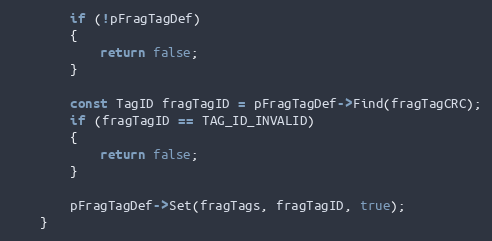
Language: C++
		if (!pFragTagDef)
		{
			return false;
		}

		const TagID fragTagID = pFragTagDef->Find(fragTagCRC);
		if (fragTagID == TAG_ID_INVALID)
		{
			return false;
		}

		pFragTagDef->Set(fragTags, fragTagID, true);
	}